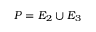
P = E _ { 2 } \cup E _ { 3 }